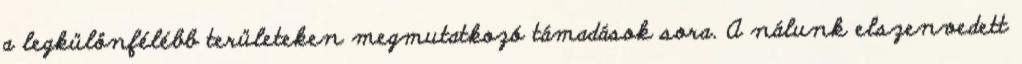
a legkülönfélébb területeken megmutatkozó támadások sora. A nálunk elszenvedett